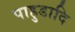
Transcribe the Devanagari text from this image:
पाहुडादि